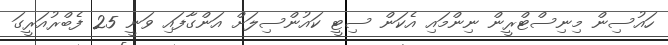
ހައުސިން މިނިސްޓްރީން ނިންމައި އެކަން ސިޓީ ކައުންސިލަށް އަންގާފައި ވަނީ 25 ފެބްރުއަރީގަ